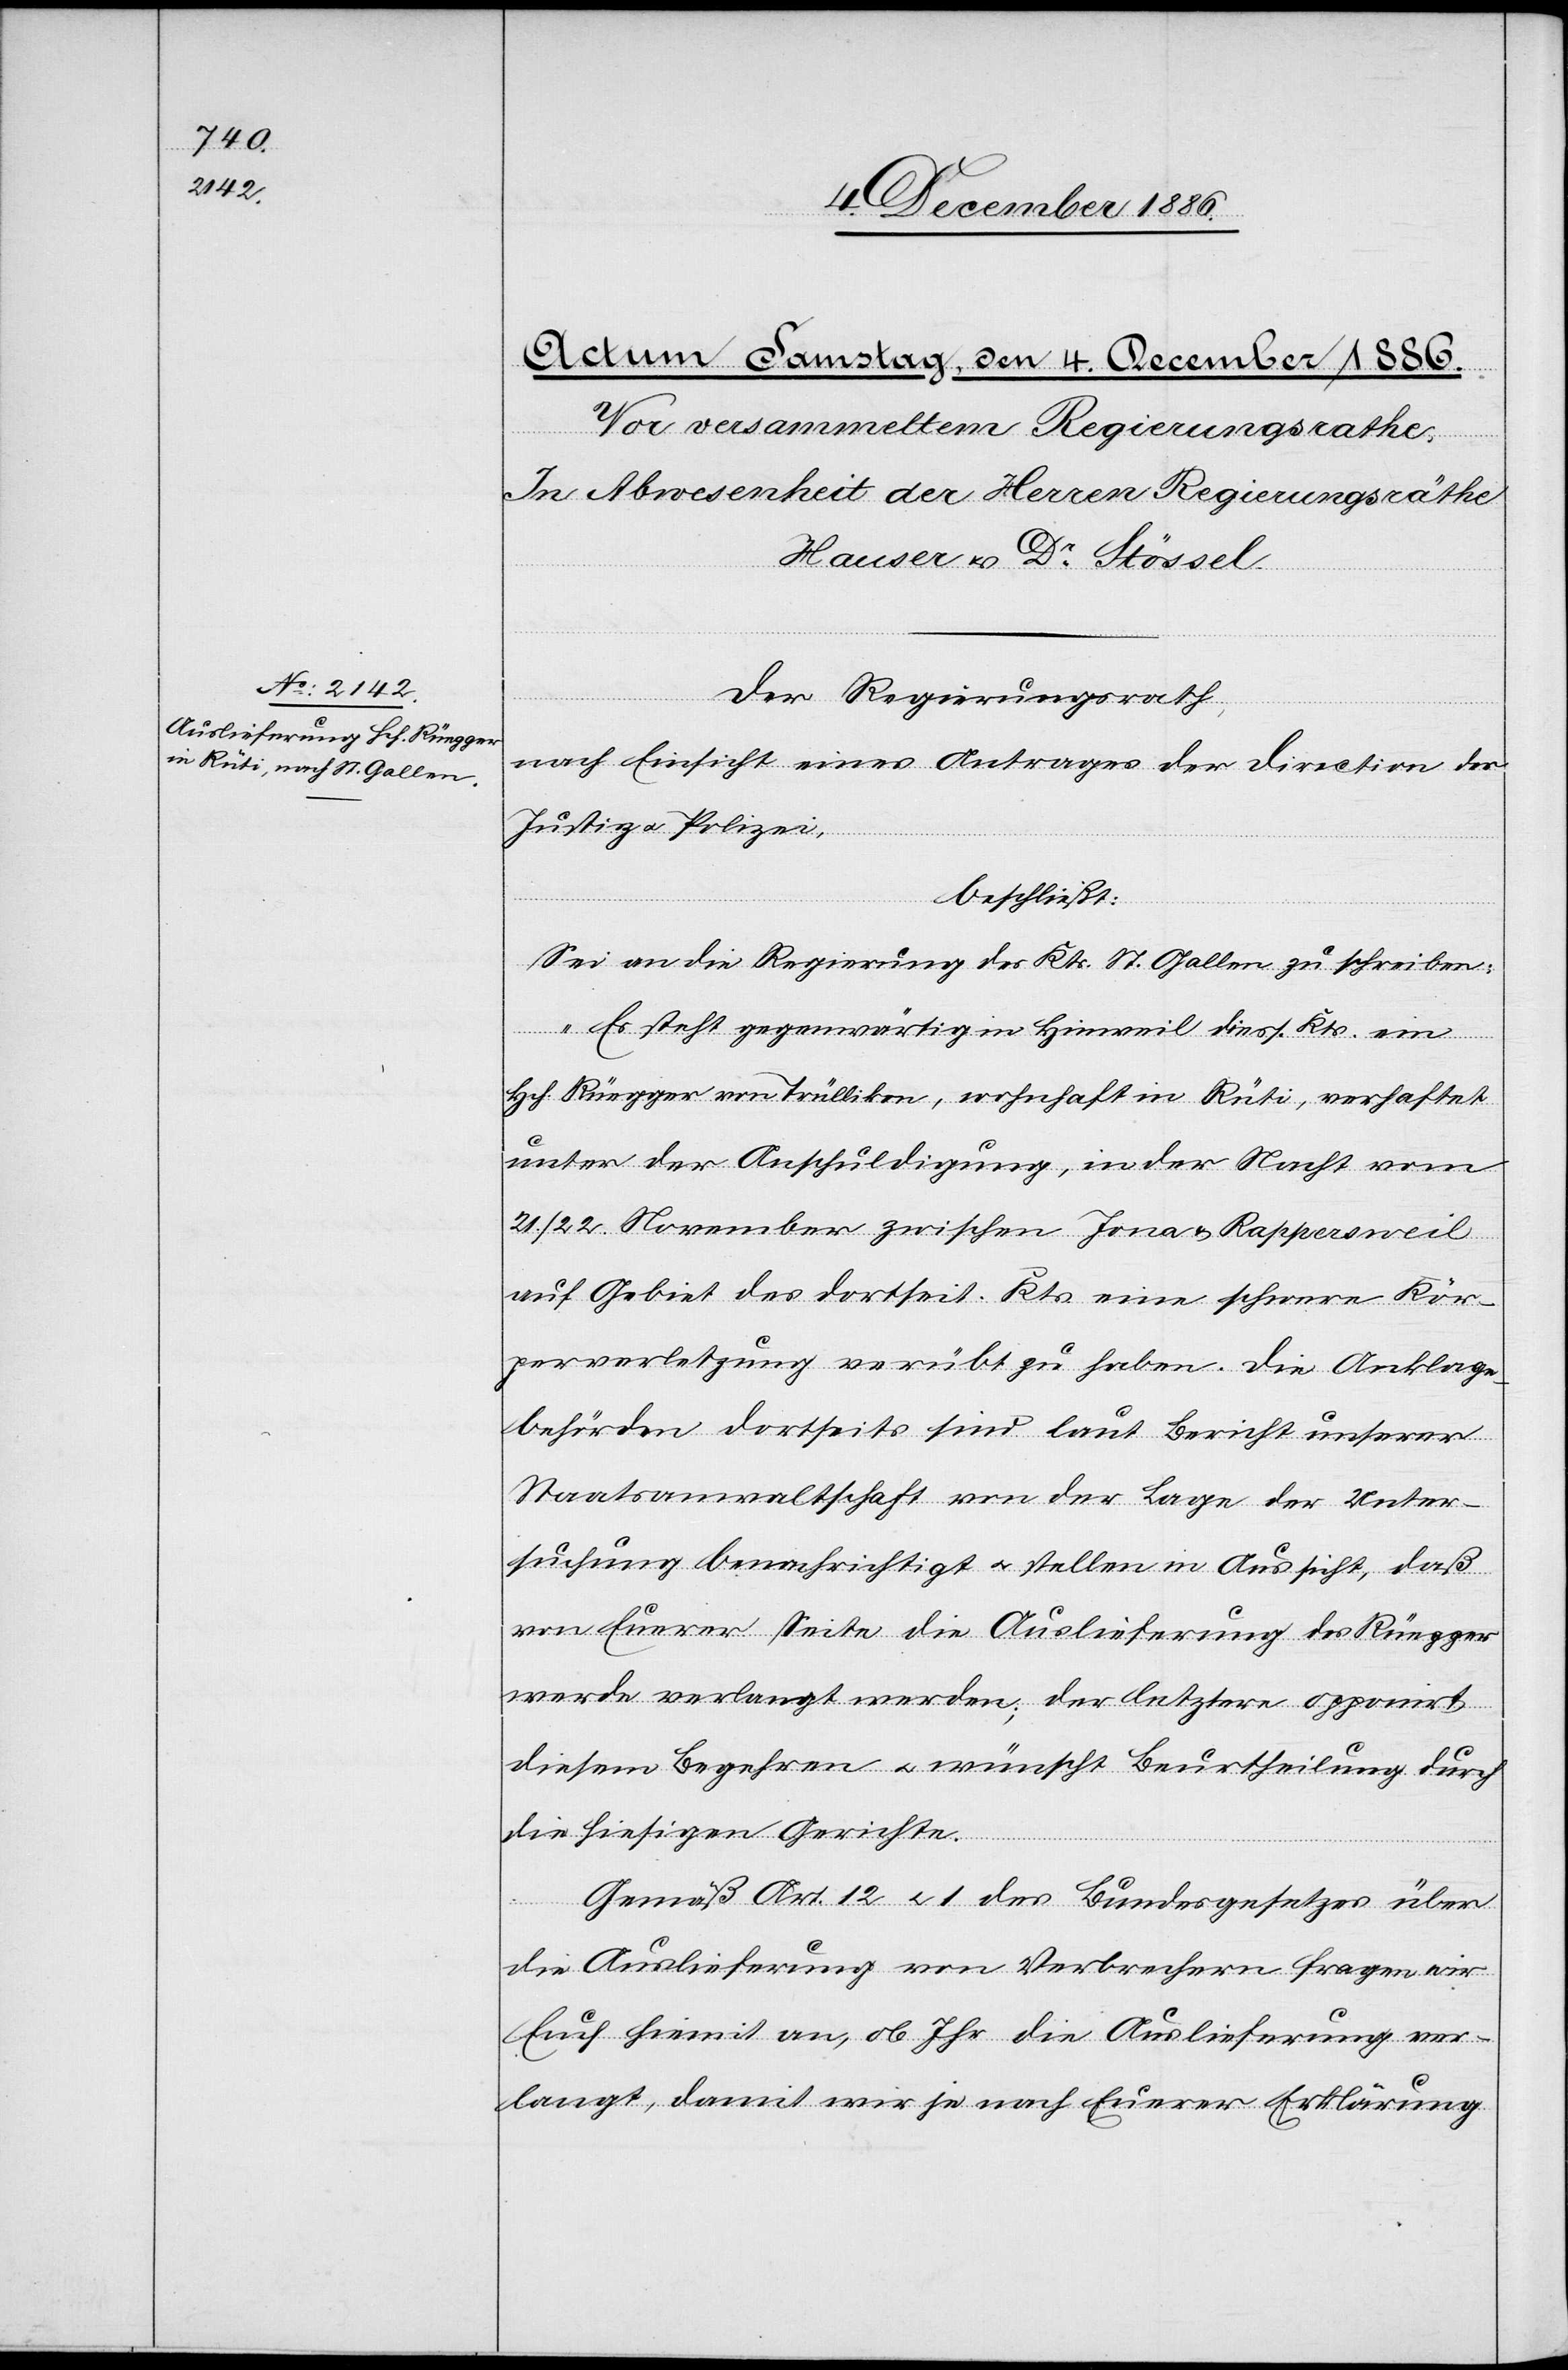
Der Regierungsrath,
nach Einsicht eines Antrages der Direction der
Justiz & Polizei,
beschließt:
Sei an die Regierung des Kts. St. Gallen zu schreiben:
„Es steht gegenwärtig in Hinweil diess. Kts. ein
Hch. Rüegger von Trüllikon, wohnhaft in Rüti, verhaftet
unter der Anschuldigung, in der Nacht vom
21./22. November zwischen Jona & Rappersweil
auf Gebiet des dortseit. Kts. eine schwere Kör¬
perverletzung verübt zu haben. Die Anklage¬
behörden dorthseits sind laut Bericht unserer
Staatsanwaltschaft von der Lage der Unter¬
suchung benachrichtigt & stellen in Aussicht, daß
von Euerer Seite die Auslieferung des Rüegger
werde verlangt werden; der letztere opponirt
diesem Begehren & wünscht Beurtheilung durch
die hiesigen Gerichte.
Gemäß Art. 12 & 1 des Bundesgesetzes über
die Auslieferung von Verbrechern fragen wir
Euch hiemit an, ob Ihr die Auslieferung ver¬
langt, damit wir je nach Euerer Erklärung